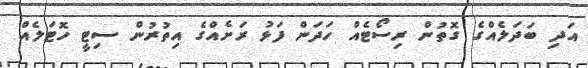
އަދި ބަދަލެއްގެ ގޮތުން ރިސޯޓެއް ހަދަން ފަޅު ރަށެއްގެ އިތުރުން ސިޓީ ހޮޓަލެއް